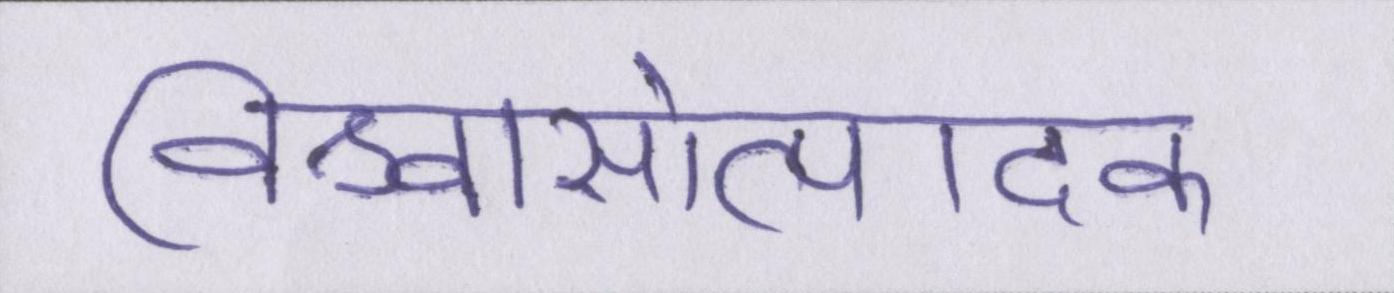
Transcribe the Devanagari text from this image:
विश्वासोत्पादक